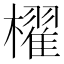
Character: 櫂